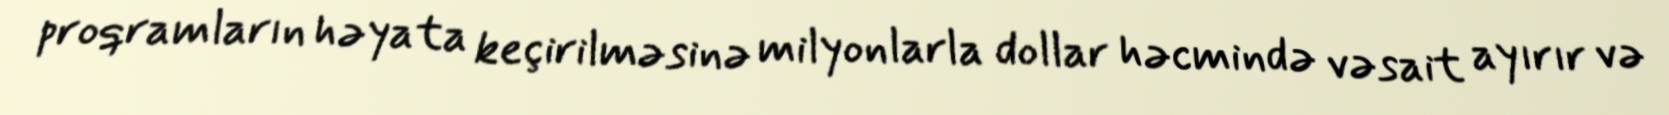
proqramların həyata keçirilməsinə milyonlarla dollar həcmində vəsait ayırır və